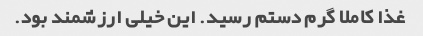
غذا کاملا گرم دستم رسید. این خیلی ارزشمند بود.